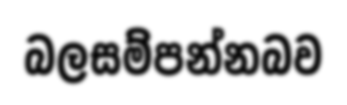
බලසම්පන්නබව